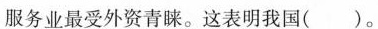
服务业最受外资青睐。这表明我国()。